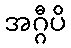
အဂ္ဂီပိ